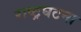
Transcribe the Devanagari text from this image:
राष्ट्रघटना